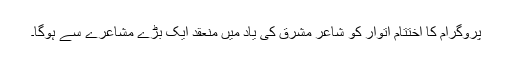
پروگرام کا اختتام اتوار کو شاعر مشرق کی یاد میں منعقد ایک بڑے مشاعرے سے ہوگا۔